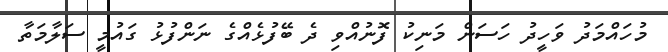
މުހައްމަދު ވަހީދު ހަސަން މަނިކު ފޮނުއްވި ދެ ބޭފުޅެއްގެ ނަންފުޅު ގައުމީ ސަލާމަތާ